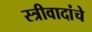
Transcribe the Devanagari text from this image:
स्त्रीवादांचे